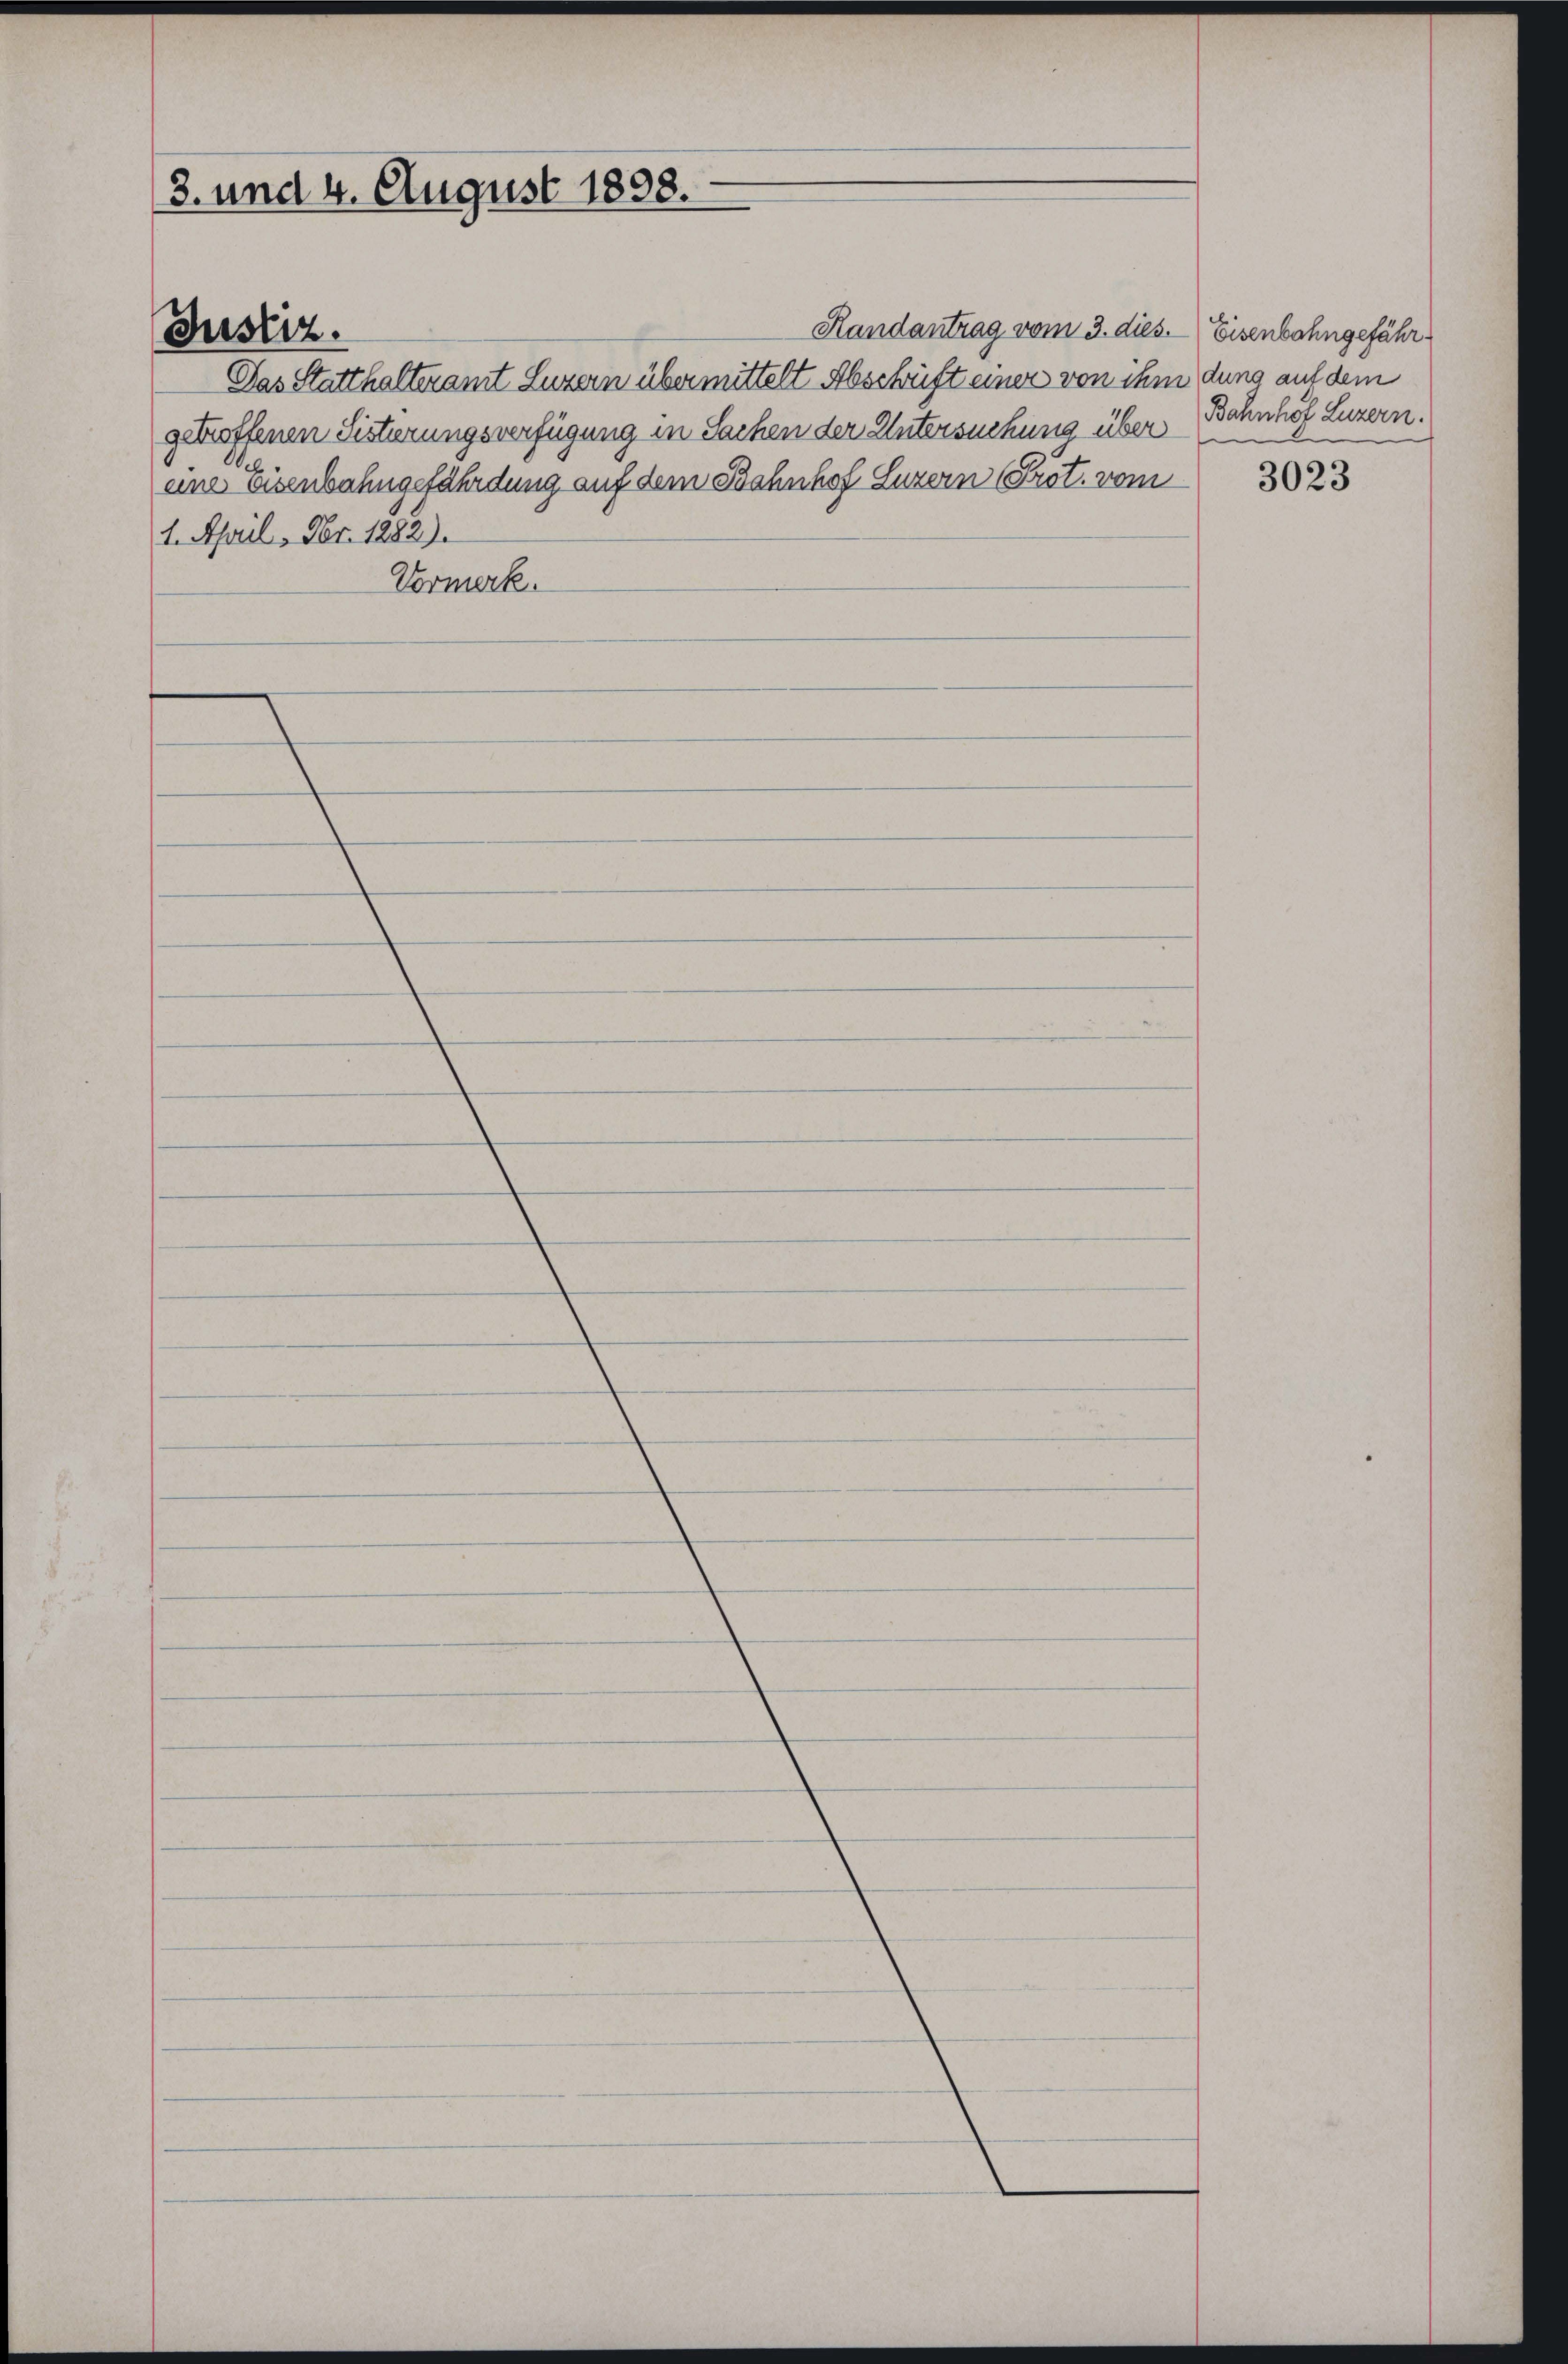
3. und 4. August 1898.

Handantrag vom 3. dies. Eisenbahngefähr¬
Das Statthalteramt Luzern übermittelt Abschrift einer von ihm dung auf dem
getroffenen Sistierungsverfügung in Sachen der Untersuchung über
eine Eisenbahngefährdung auf dem Bahnhof Luzern (Prot. vom
1. April. Fr. 1882).
Vormerk.

Justiz.

Bahnhof Luzern.

3023